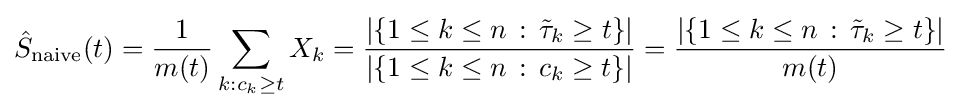
{\hat {S}}_{\text{naive}}(t)={\frac {1}{m(t)}}\sum _{k:c_{k}\geq t}X_{k}={\frac {|\{1\leq k\leq n\,:\,{\tilde {\tau }}_{k}\geq t\}|}{|\{1\leq k\leq n\,:\,c_{k}\geq t\}|}}={\frac {|\{1\leq k\leq n\,:\,{\tilde {\tau }}_{k}\geq t\}|}{m(t)}}